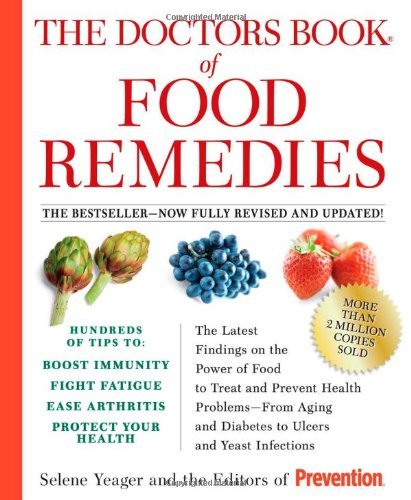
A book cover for The Doctors Book of Food Remedies: The Latest Findings on the Power of Food to Treat and Prevent Health Problems - From Aging and Diabetes to Ulcers and Yeast Infections [Paperback] [2008] (Author) Selene Yeager, Editors of Prevention; Health, Fitness & Dieting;